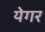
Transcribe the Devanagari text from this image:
येगर